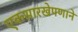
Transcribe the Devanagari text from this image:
एकसारखेपणाने